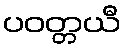
ပဝတ္တယီ